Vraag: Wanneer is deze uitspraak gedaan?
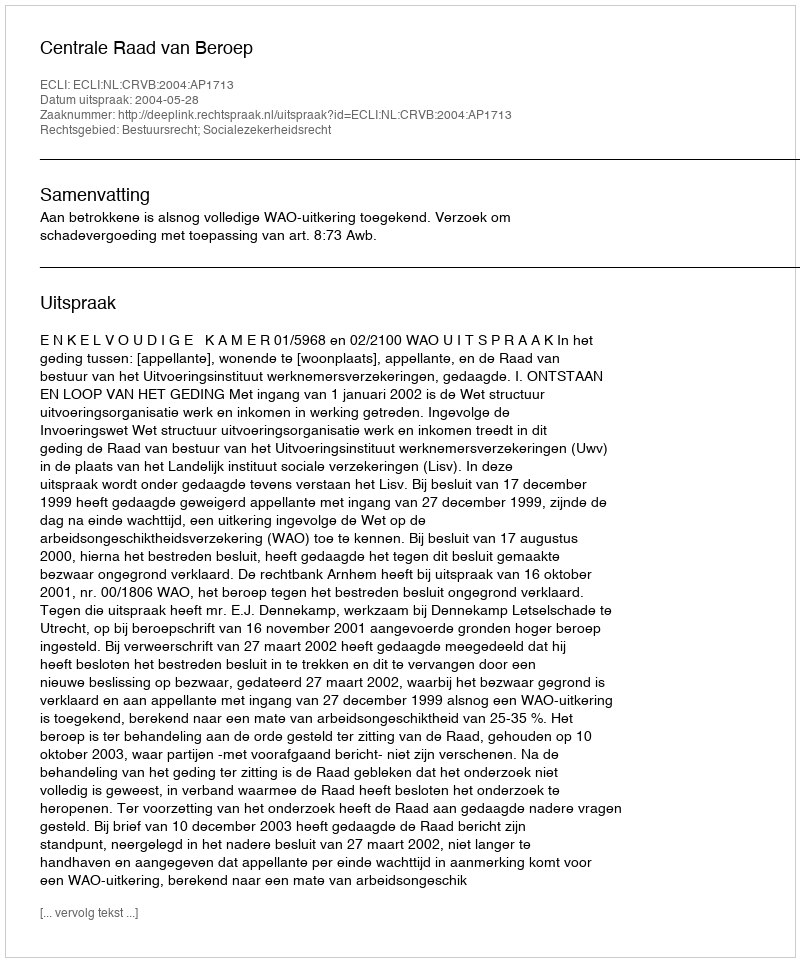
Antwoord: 2004-05-28